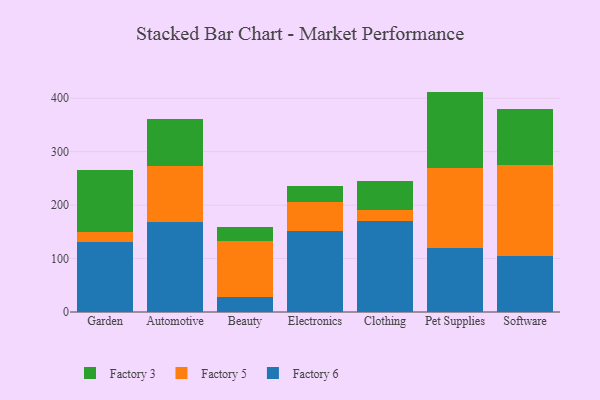
{"axis": {"x": "Category", "y": "Humidity (%)"}, "legend": ["Factory 3", "Factory 5", "Factory 6"], "data": [{"x": "Garden", "y": 130.9, "type": "Factory 6"}, {"x": "Garden", "y": 18.4, "type": "Factory 5"}, {"x": "Garden", "y": 116.4, "type": "Factory 3"}, {"x": "Automotive", "y": 168.9, "type": "Factory 6"}, {"x": "Automotive", "y": 104.7, "type": "Factory 5"}, {"x": "Automotive", "y": 87.0, "type": "Factory 3"}, {"x": "Beauty", "y": 27.5, "type": "Factory 6"}, {"x": "Beauty", "y": 104.8, "type": "Factory 5"}, {"x": "Beauty", "y": 27.1, "type": "Factory 3"}, {"x": "Electronics", "y": 151.4, "type": "Factory 6"}, {"x": "Electronics", "y": 54.8, "type": "Factory 5"}, {"x": "Electronics", "y": 29.2, "type": "Factory 3"}, {"x": "Clothing", "y": 169.4, "type": "Factory 6"}, {"x": "Clothing", "y": 21.1, "type": "Factory 5"}, {"x": "Clothing", "y": 55.1, "type": "Factory 3"}, {"x": "Pet Supplies", "y": 119.0, "type": "Factory 6"}, {"x": "Pet Supplies", "y": 150.8, "type": "Factory 5"}, {"x": "Pet Supplies", "y": 142.6, "type": "Factory 3"}, {"x": "Software", "y": 105.0, "type": "Factory 6"}, {"x": "Software", "y": 170.5, "type": "Factory 5"}, {"x": "Software", "y": 104.7, "type": "Factory 3"}]}